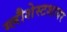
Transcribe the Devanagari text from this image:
ग्लौशेस्टशायर